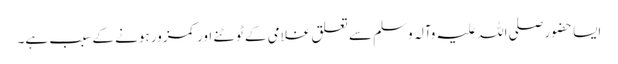
ایسا حضور صلی اللہ علیہ وآلہ وسلم سے تعلق غلامی کے ٹوٹنے اور کمزور ہونے کے سبب ہے۔